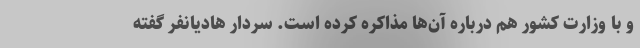
و با وزارت کشور هم درباره آن‌ها مذاکره کرده است. سردار هادیانفر گفته